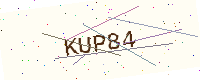
Text: KUP84